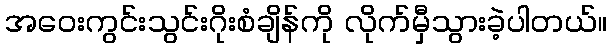
အဝေးကွင်းသွင်းဂိုးစံချိန်ကို လိုက်မှီသွားခဲ့ပါတယ်။